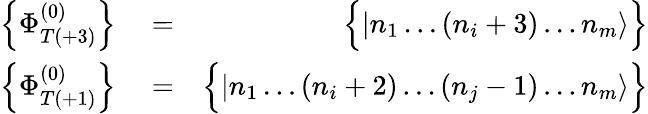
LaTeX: \begin{array}{rlr}{\left\{ \Phi_{T(+3)}^{(0)}\right\} }&{{}=}&{\Big\{ |n_{1}\dots(n_{i}+3)\dots n_{m}\rangle\Big\} }\\ {\left\{ \Phi_{T(+1)}^{(0)}\right\} }&{{}=}&{\Big\{ |n_{1}\dots(n_{i}+2)\dots(n_{j}-1)\dots n_{m}\rangle\Big\} }\end{array}